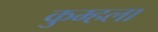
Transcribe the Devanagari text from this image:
कुम्हला